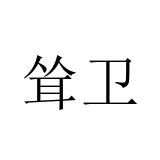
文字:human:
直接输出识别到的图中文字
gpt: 耸卫